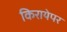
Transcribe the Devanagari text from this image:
किरायेपर